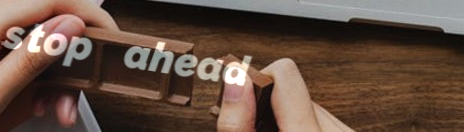
stop ahead